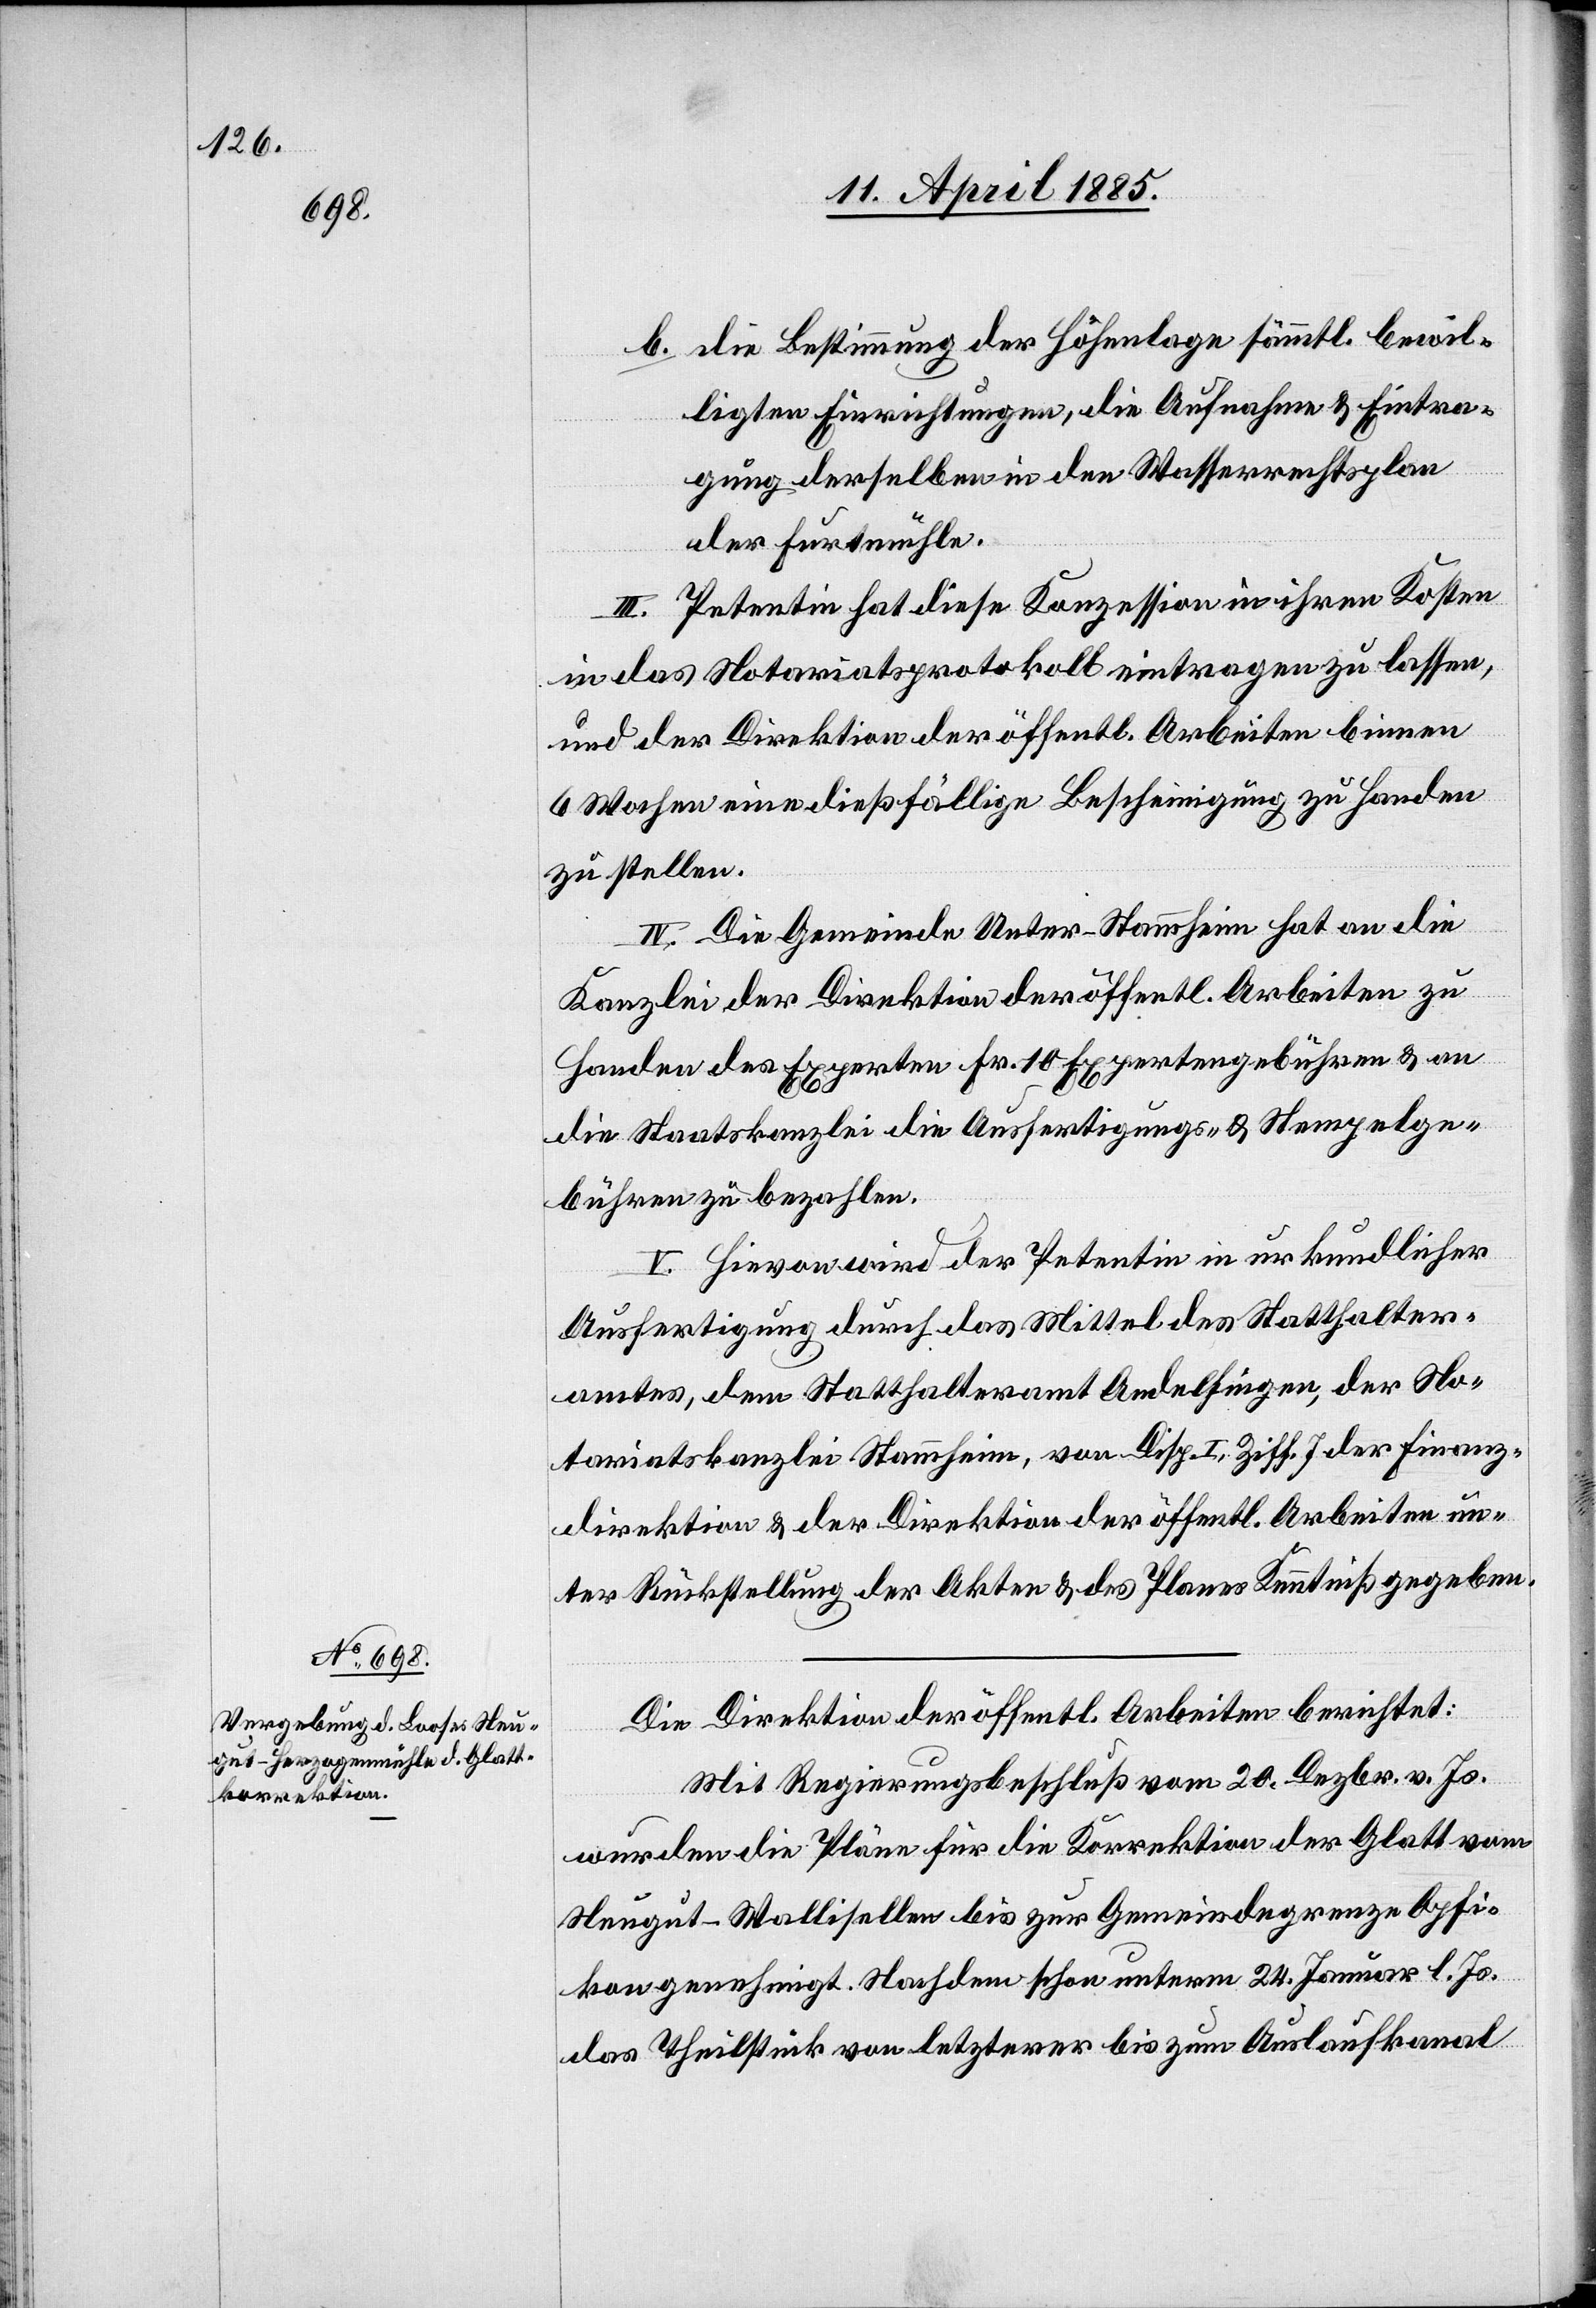
b. die Bestimmung der Höhenlage sämmtl. bewil¬
ligten Einrichtungen, die Aufnahme & Eintra¬
gung derselben in den Wasserrechtsplan
der Furthmühle.
III. Petentin hat diese Konzession in ihren Kosten
in das Notariatsprotokoll eintragen zu lassen,
und der Direktion der öffentl. Arbeiten binnen
6 Wochen eine dießfällige Bescheinigung zu Handen
zu stellen.
IV. Die Gemeinde Unter-Stammheim hat an die
Kanzlei der Direktion der öffentl. Arbeiten zu
Handen des Experten Fr. 10 Expertengebühren & an
die Staatskanzlei die Ausfertigungs- & Stempelge¬
bühren zu bezahlen.
V. Hievon wird der Petentin in urkundlicher
Ausfertigung durch das Mittel des Statthalter¬
amtes, dem Statthalteramt Andelfingen, der No¬
tariatskanzlei Stammheim, von Disp. I, Ziff. 7 der Finanz¬
direktion & der Direktion der öffentl. Arbeiten un¬
ter Rückstellung der Akten & des Planes Kenntniß gegeben.
Die Direktion der öffentl. Arbeiten berichtet:
Mit Regierungsbeschluß vom 20. Dezbr. v. Js.
wurden die Pläne für die Korrektion der Glatt vom
Neugut - Wallisellen bis zur Gemeindegrenze Opfi¬
kon genehmigt. Nachdem schon unterm 24. Januar l. Js.
das Theilstück von letzterer bis zum Auslaufkanal